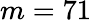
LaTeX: m=71